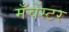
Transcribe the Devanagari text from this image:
मँचेंस्टर